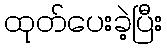
ထုတ်ပေးခဲ့ပြီး